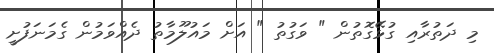
މި ދަތުރާއި ގުޅޭގޮތުން " ވަގުތު " އަށް މައުލޫމާތު ދެއްވަމުން ގެމަނަފުށީ